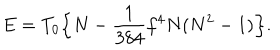
E = T _ { 0 } \Bigl \{ N - \frac { 1 } { 3 8 4 } f ^ { 4 } N ( N ^ { 2 } - 1 ) \Bigr \} .